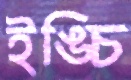
ইঙ্চি